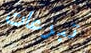
تبرعات